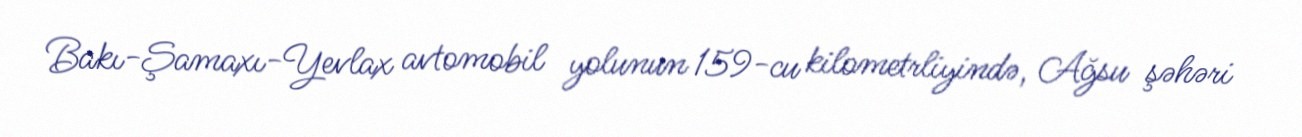
Bakı-Şamaxı-Yevlax avtomobil yolunun 159-cu kilometrliyində, Ağsu şəhəri